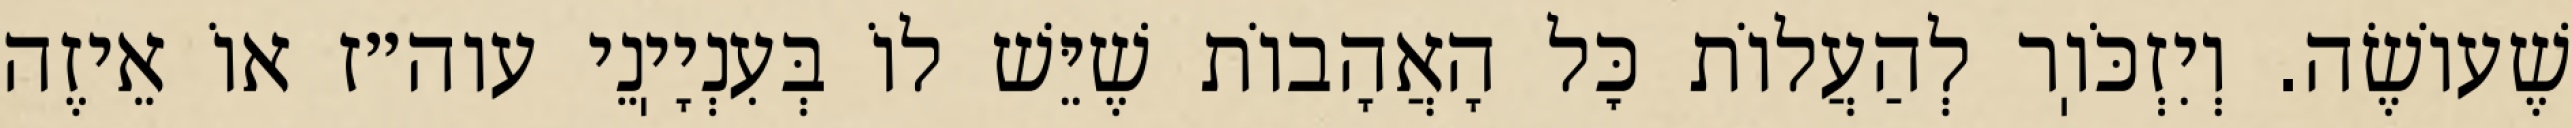
שֶׁעוֹשֶׂה. וְיִזְכֹּוֽר לְהַעֲלוֹת כׇּל הָאֲהָבוֹת שֶׁיֵּשׁ לוֹ בְּעִנְיָיֽנֵי עוה״ז אוֹ אֵיזֶה